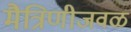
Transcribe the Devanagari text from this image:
मैत्रिणीजवळ